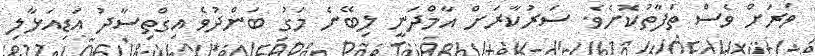
ވަރަށް ވެސް ތަފާތުކޮށެވެ. ސަރުކާރަށް އާމްދަނީ ލިބޭނެ މަގު ބަންދުވެ އިގްތިސާދު އަޑިއަޅާލި